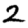
Digit: 2